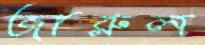
জারুল